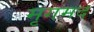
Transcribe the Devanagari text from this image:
मृगमद